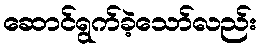
ဆောင်ရွက်ခဲ့သော်လည်း